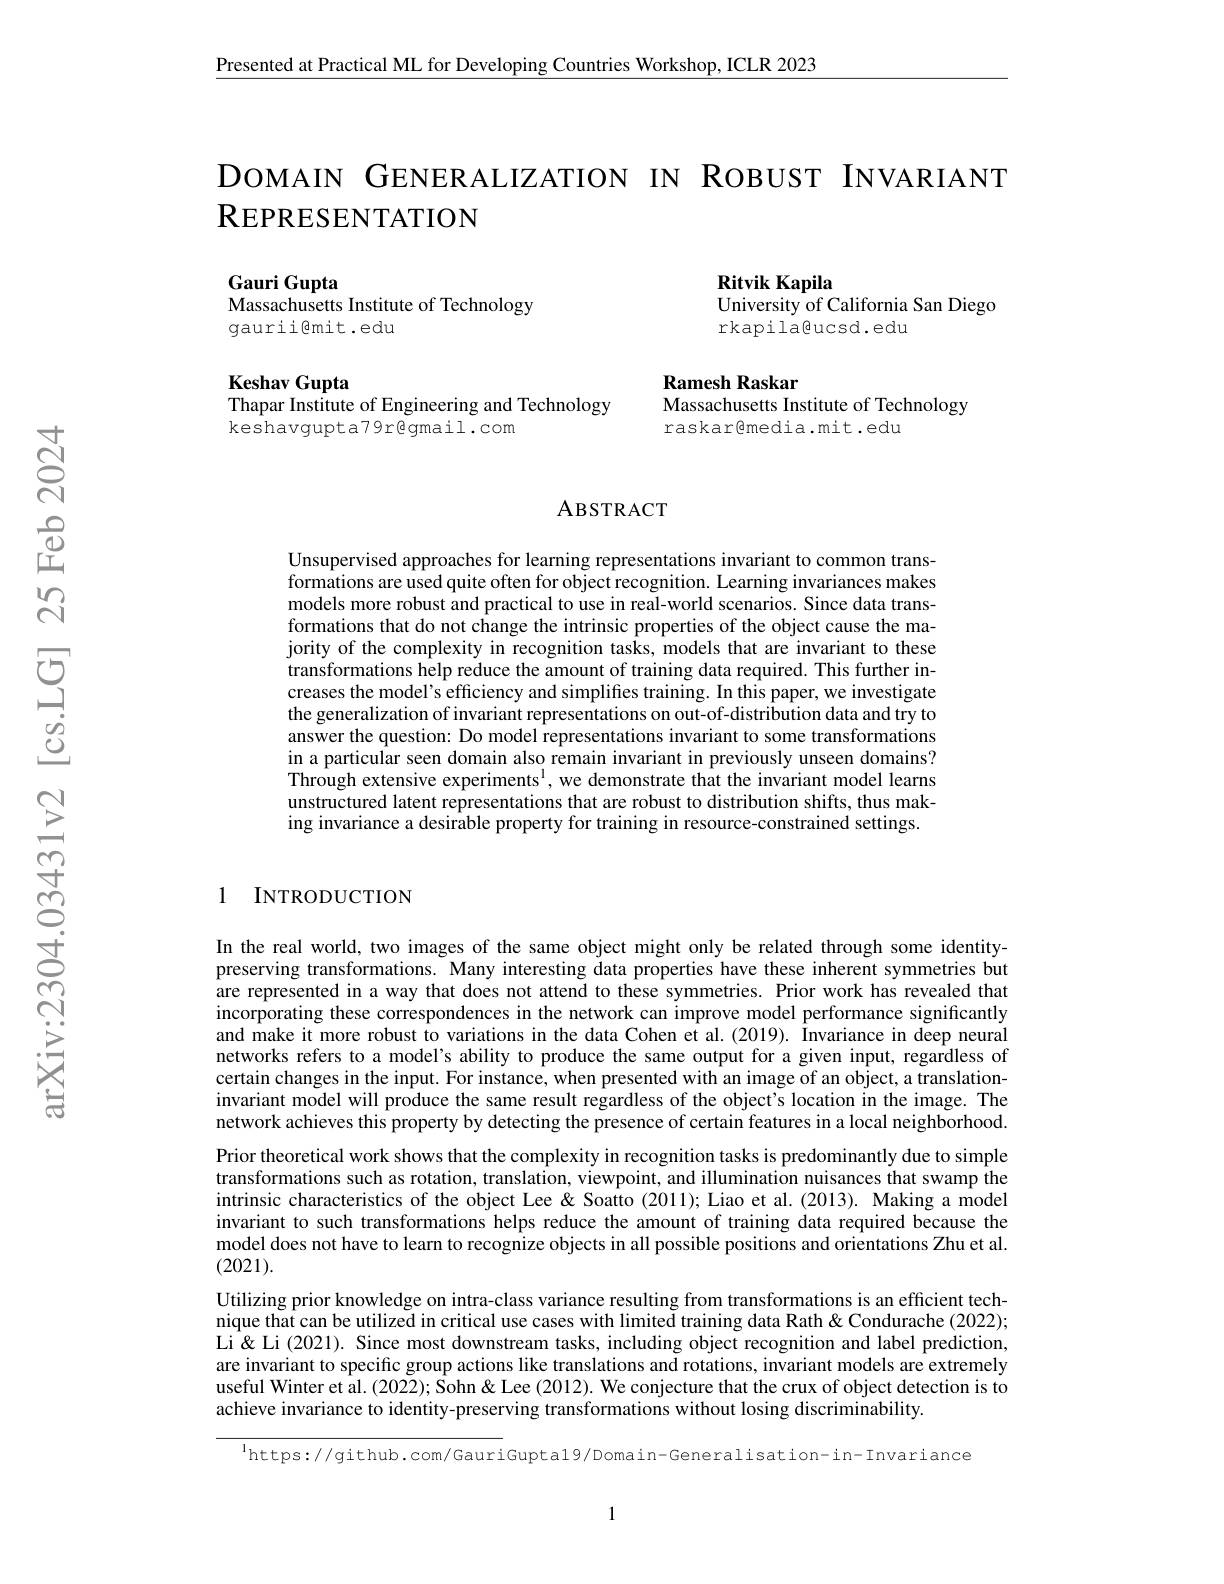
Presented at Practical ML for Developing Countries Workshop, ICLR 2023

DOMAIN GENERALIZATION IN ROBUST INVARIANT
# $\mathbb{R}$EPRESENTATION

Gauri Gupta
Massachusetts Institute of Technology

gauriiemit.edu

Ritvik Kapila
University of California San Diego
rkapilagucsd.edu

Keshav Gupta
Thapar Institute of Engineering and Technology

Ramesh Raskar
Massachusetts Institute of Technology

keshavgupta79r@gmail.com

raskar@media.mit.edu

### ABSTRACT

Unsupervised approaches for learning representations invariant to common transformations are used quite often for object recognition. Learning invariances makes models more robust and practical to use in real-world scenarios. Since data transformations that do not change the intrinsic properties of the object cause the majority of the complexity in recognition tasks, models that are invariant to these transformations help reduce the amount of training data required. This further increases the model's efficiency and simplifes training. In this paper, we investigate the generalization of invariant representations on out-of-distribution data and try to answer the question: Do model representations invariant to some transformations in a particular seen domain also remain invariant in previously unseen domains? Through extensive experiments$^1$,we demonstrate that the invariant model learns unstructured latent representations that are robust to distribution shifts, thus making invariance a desirable property for training in resource-constrained settings.

1 INTRODUCTION

In the real world, two images of the same object might only be related through some identitypreserving transformations. Many interesting data properties have these inherent symmetries but are represented in a way that does not attend to these symmetries. Prior work has revealed that incorporating these correspondences in the network can improve model performance significantly and make it more robust to variations in the data Cohen et al.(2019). Invariance in deep neural networks refers to a model's ability to produce the same output for a given input, regardless of certain changes in the input. For instance, when presented with an image of an object, a translationinvariant model will produce the same result regardless of the object's location in the image. The network achieves this property by detecting the presence of certain features in a local neighborhood. Prior theoretical work shows that the complexity in recognition tasks is predominantly due to simple transformations such as rotation, translation, viewpoint, and illumination nuisances that swamp the intrinsic characteristics of the object Lee & Soatto (2011); Liao et al.(2013). Making a model invariant to such transformations helps reduce the amount of training data required because the model does not have to learn to recognize objects in all possible positions and orientations Zhu et al. (2021).
Utilizing prior knowledge on intra-class variance resulting from transformations is an efficient technique that can be utilized in critical use cases with limited training data Rath & Condurache (2022); Li& & Li (2021). Since most downstream tasks, including object recognition and label prediction, are invariant to specific group actions like translations and rotations, invariant models are extremely useful Winter et al. (2022); Sohn & Lee (2012). We conjecture that the crux of object detection is to achieve invariance to identity-preserving transformations without losing discriminability.

$^{1}$https: / / github. com/ GauriGupta19/ Domain- Generalisation- in- Invariance

1